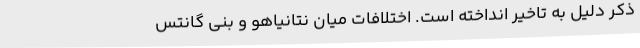
ذکر دلیل به تاخیر انداخته است. اختلافات میان نتانیاهو و بنی گانتس